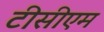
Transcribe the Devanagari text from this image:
टीसीएम